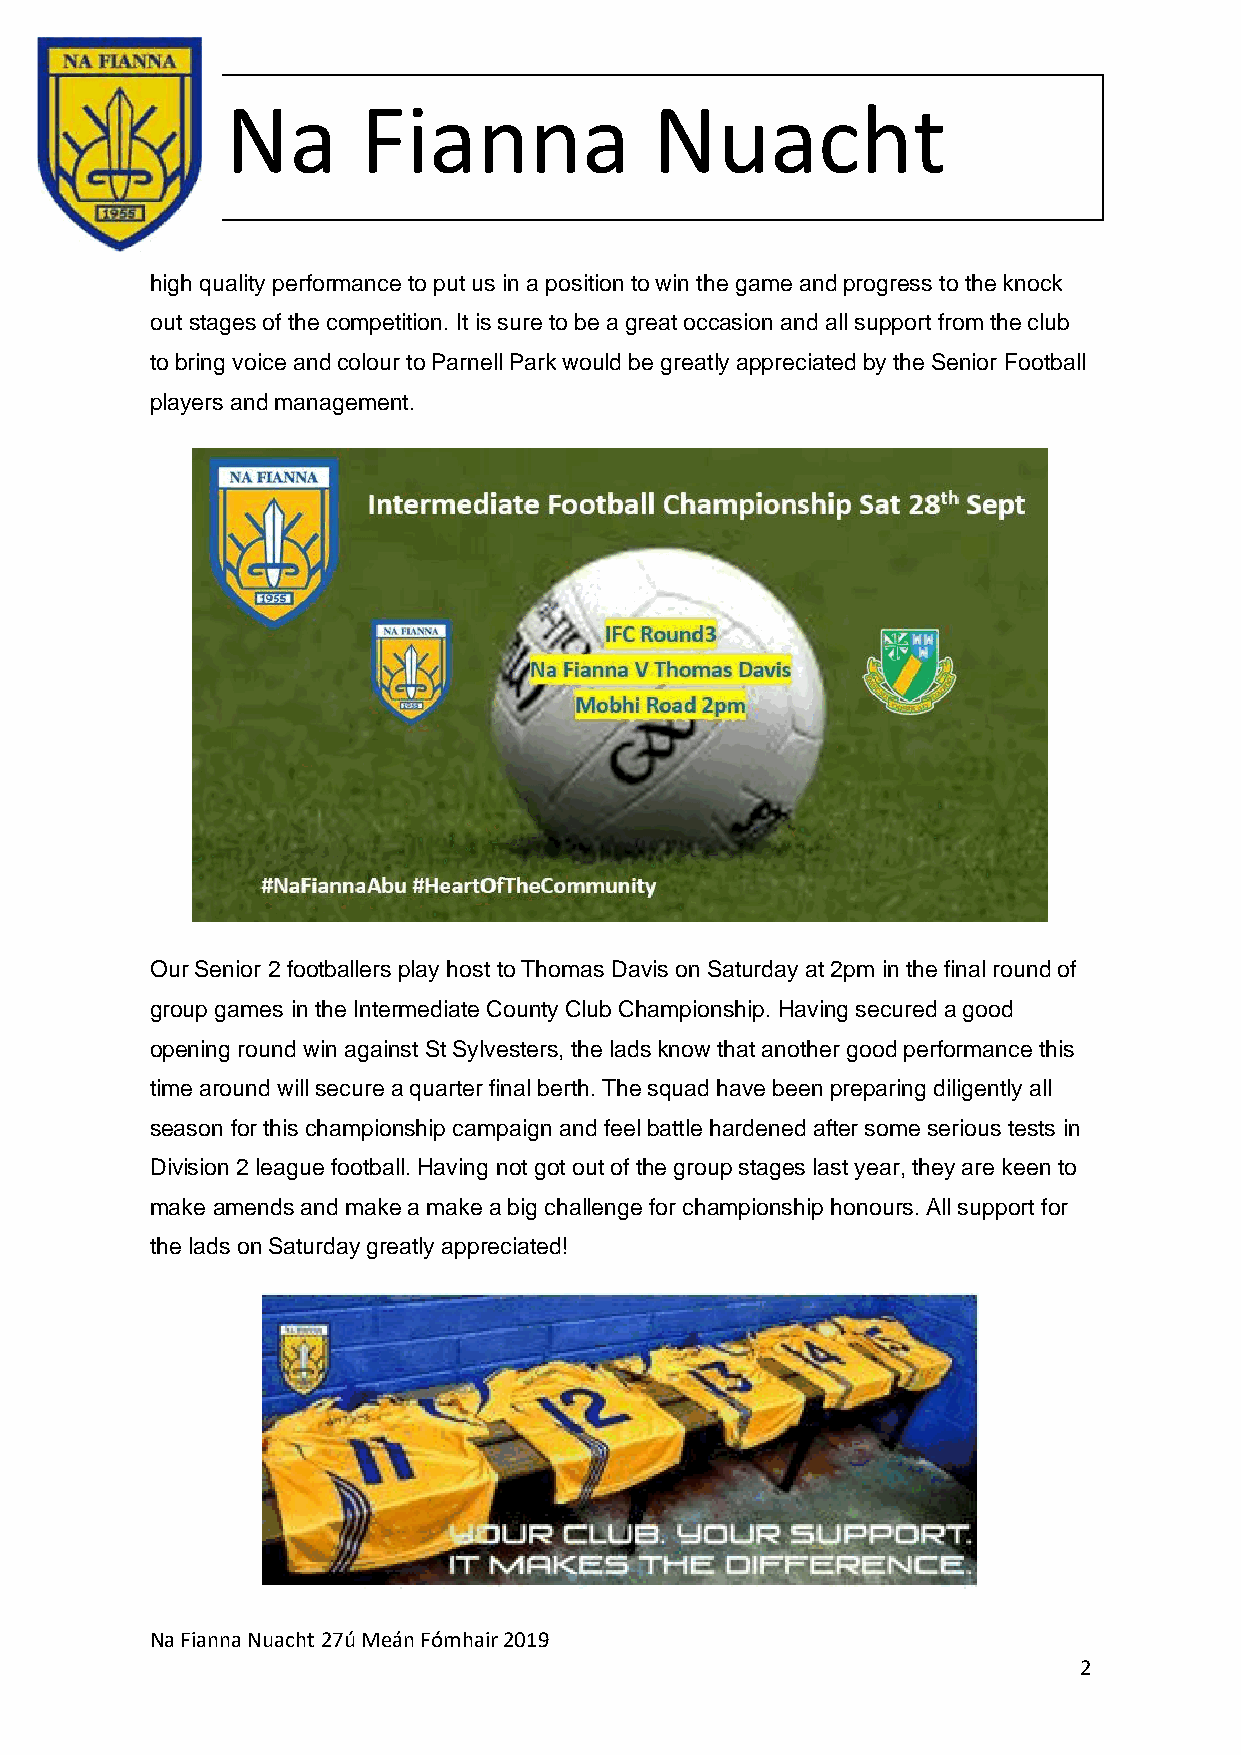
Na       Fianna             Nuacht
 high quality performance to put us in a position to win the game and progress to the knock
 out stages of the competition. It is sure to be a great occasion and all support from the club
 to bring voice and colour to Parnell Park would be greatly appreciated by the Senior Football
 players and management.
 Our Senior 2 footballers play host to Thomas Davis on Saturday at 2pm in the final round of
 group games in the Intermediate County Club Championship. Having secured a good
 opening round win against St Sylvesters, the lads know that another good performance this
 time around will secure a quarter final berth. The squad have been preparing diligently all
 season for this championship campaign and feel battle hardened after some serious tests in
 Division 2 league football. Having not got out of the group stages last year, they are keen to
 make amends and make a make a big challenge for championship honours. All support for
 the lads on Saturday greatly appreciated!
 Na Fianna Nuacht 27ú Meán Fómhair 2019
 2